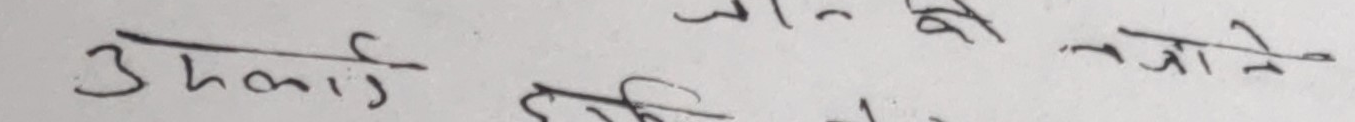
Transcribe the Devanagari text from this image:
उपकारी जाने कि पढ्ने
हितोपदेश